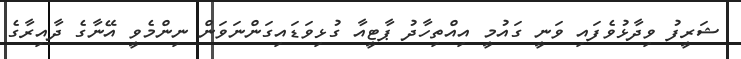
ޝަރީފު ވިދާޅުވެފައި ވަނީ ގައުމީ އިއްތިހާދު ޕާޓީއާ ގުޅިވަޑައިގަންނަވަން ނިންމެވީ އޭނާގެ ދާއިރާގެ